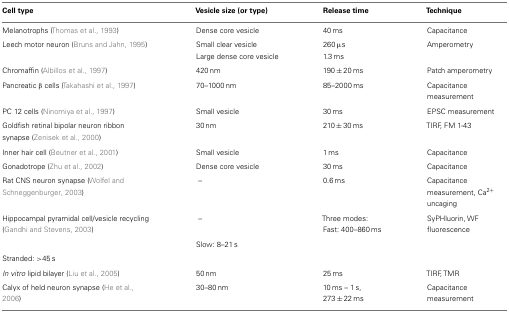
<table><thead><tr><td><b>Cell type</b></td><td><b>Vesicle size (or type)</b></td><td><b>Release time</b></td><td><b>Technique</b></td></tr></thead><tbody><tr><td>Melanotrophs (Thomas et al., 1993)</td><td>Dense core vesicle</td><td>40 ms</td><td>Capacitance</td></tr><tr><td>Leech motor neuron (Bruns and Jahn, 1995)</td><td>Small clear vesicle</td><td>260 μs</td><td>Amperometry</td></tr><tr><td></td><td>Large dense core vesicle</td><td>1.3 ms</td><td></td></tr><tr><td>Chromaffin (Albillos et al., 1997)</td><td>420 nm</td><td>190 ± 20 ms</td><td>Patch amperometry</td></tr><tr><td>Pancreatic β cells (Takahashi et al., 1997)</td><td>70–1000 nm</td><td>85–2000 ms</td><td>Capacitance measurement</td></tr><tr><td>PC 12 cells (Ninomiya et al., 1997)</td><td>Small vesicle</td><td>30 ms</td><td>EPSC measurement</td></tr><tr><td>Goldfish retinal bipolar neuron ribbon synapse (Zenisek et al., 2000)</td><td>30 nm</td><td>210 ± 30 ms</td><td>TIRF, FM 1-43</td></tr><tr><td>Inner hair cell (Beutner et al., 2001)</td><td>Small vesicle</td><td>1 ms</td><td>Capacitance</td></tr><tr><td>Gonadotrope (Zhu et al., 2002)</td><td>Dense core vesicle</td><td>30 ms</td><td>Capacitance</td></tr><tr><td>Rat CNS neuron synapse (Wolfel and Schneggenburger, 2003)</td><td>–</td><td>0.6 ms</td><td>Capacitance measurement, Ca<sup>2+</sup> uncaging</td></tr><tr><td>Hippocampal pyramidal cell/vesicle recycling (Gandhi and Stevens, 2003)</td><td>–</td><td>Three modes: Fast: 400–860 ms</td><td>SyPHluorin, WF fluorescence</td></tr><tr><td></td><td>Slow: 8–21 s</td><td colspan="2"></td></tr><tr><td>Stranded: &gt;45 s<i>In vitro</i> lipid bilayer (Liu et al., 2005)</td><td>50 nm</td><td>25 ms</td><td>TIRF, TMR</td></tr><tr><td>Calyx of held neuron synapse (He et al., 2006)</td><td>30–80 nm</td><td>10 ms – 1 s, 273 ± 22 ms</td><td>Capacitance measurement</td></tr></tbody></table>